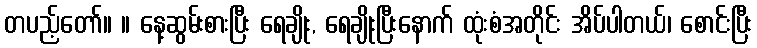
တပည့်တော်။ ။ နေ့ဆွမ်းစားပြီး ရေချိုး, ရေချိုးပြီးနောက် ထုံးစံအတိုင်း အိပ်ပါတယ်၊ စောင်းပြီး